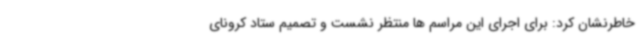
خاطرنشان کرد: برای اجرای این مراسم ها منتظر نشست و تصمیم ستاد کرونای